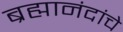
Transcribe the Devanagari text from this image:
ब्रह्मानंदांचे